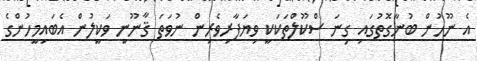
އެ ނޫހުން ބުނާގޮތުގައި ގިނަ ސްކޫލްތަކަކީ ވިޔަފާރިވެރިން ނުވަތަ ޤާނޫނީ ވަކީލުން އެބައިމީހުންގެ